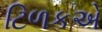
ટિળકએ